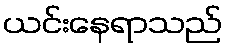
ယင်းနေရာသည်